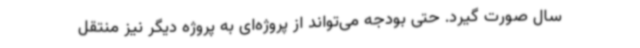
سال صورت گیرد. حتی بودجه می‌تواند از پروژه‌ای به پروژه دیگر نیز منتقل